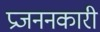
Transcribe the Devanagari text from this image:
प्रजननकारी